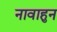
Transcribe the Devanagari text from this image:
नावाहुन